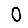
Digit: 0